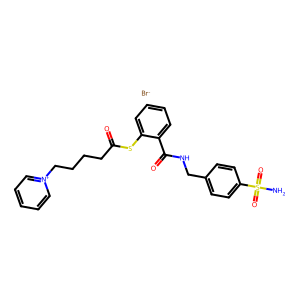
SMILES: NS(=O)(=O)c1ccc(CNC(=O)c2ccccc2SC(=O)CCCC[n+]2ccccc2)cc1.[Br-]
Inhibits HIV replication: Yes